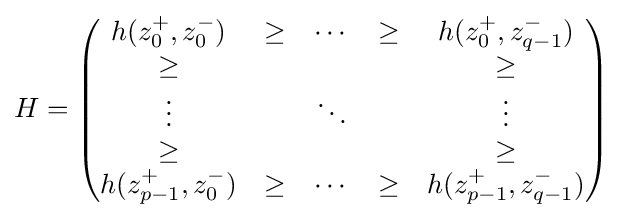
H={\begin{pmatrix}h(z_{0}^{+},z_{0}^{-})&\geq &\cdots &\geq &h(z_{0}^{+},z_{q-1}^{-})\\\geq &&&&\geq \\\vdots &&\ddots &&\vdots \\\geq &&&&\geq \\h(z_{p-1}^{+},z_{0}^{-})&\geq &\cdots &\geq &h(z_{p-1}^{+},z_{q-1}^{-})\end{pmatrix}}